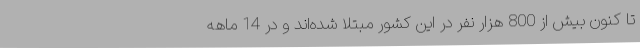
تا کنون بیش از 800 هزار نفر در این کشور مبتلا شده‌اند و در 14 ماهه